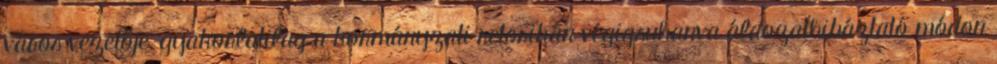
város vezetője, gyakorlatilag a kormányzati retorikán végigsuhanva áldozathibáztató módon